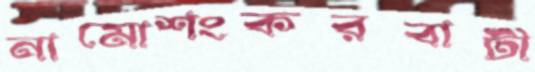
নামোশংকরবাটী